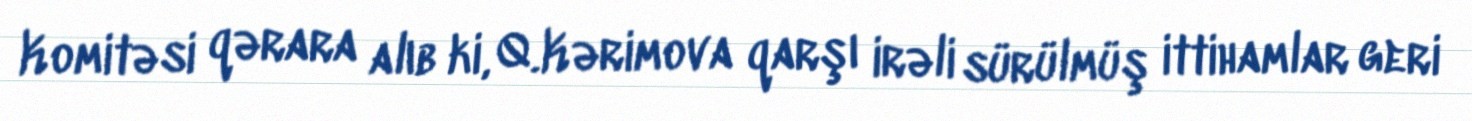
Komitəsi qərara alıb ki, Q.Kərimova qarşı irəli sürülmüş ittihamlar geri